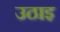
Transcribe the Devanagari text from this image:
उठाइ